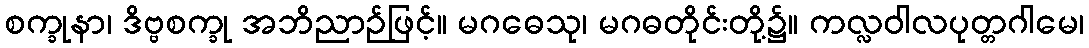
စက္ခုနာ၊ ဒိဗ္ဗစက္ခု အဘိညာဉ်ဖြင့်။ မဂဓေသု၊ မဂဓတိုင်းတို့၌။ ကလ္လဝါလပုတ္တဂါမေ၊